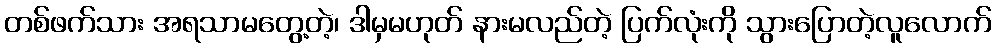
တစ်ဖက်သား အရသာမတွေ့တဲ့၊ ဒါမှမဟုတ် နားမလည်တဲ့ ပြက်လုံးကို သွားပြောတဲ့လူလောက်